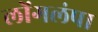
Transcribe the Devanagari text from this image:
लोंगलंपा